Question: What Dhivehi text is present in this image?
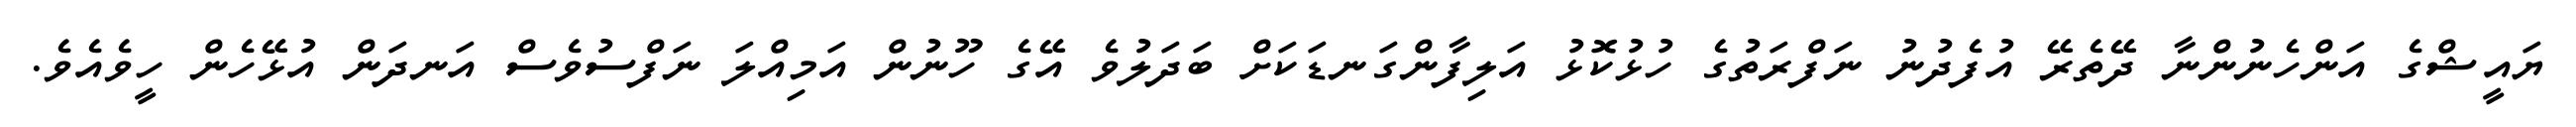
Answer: ޔައީޝްގެ އަންހެނުންނާ ދޭތެރޭ އުފެދުނު ނަފްރަތުގެ ހުޅުކޮޅު އަލިފާންގަނޑަކަށް ބަދަލުވެ އޭގެ ހޫނުން އަމިއްލަ ނަފްސުވެސް އަނދަން އުޅޭހެން ހީވެއެވެ.